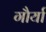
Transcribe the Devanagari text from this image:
गौर्या